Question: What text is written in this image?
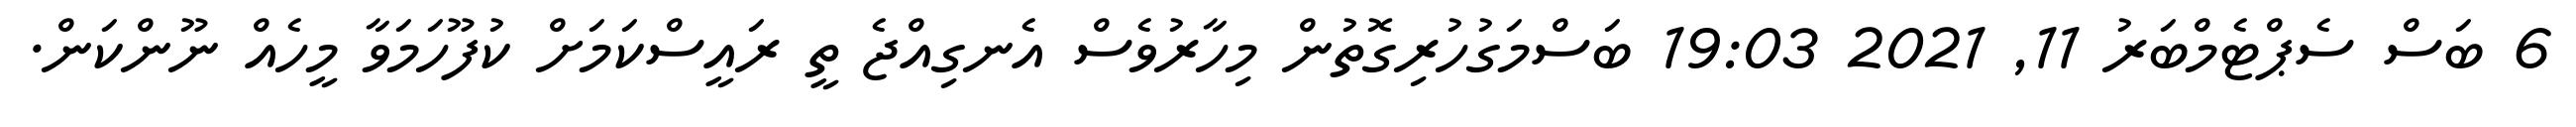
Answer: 6 ބަސް ސެޕްޓެމްބަރު 11, 2021 19:03 ބަސްމަގުހުރިގޮތުން މިހާރުވެސް އެނގިއްޖެ ތީ ރައީސްކަމަށް ކުފޫހަމަވާ މީހެއް ނޫންކަން.